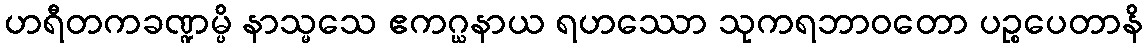
ဟရီတကခဏ္ဍမ္ပိ နာသ္မသေ ဧကဂ္ဃနာယ ရဟဿော သုကရဘာဝတော ပဉ္စပေတာနိ